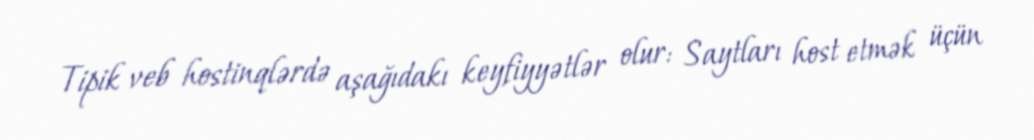
Tipik veb hostinqlərdə aşağıdakı keyfiyyətlər olur: Saytları host etmək üçün